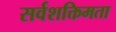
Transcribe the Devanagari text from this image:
सर्वशक्तिमता